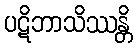
ပဋိဘာသိဿန္တိ